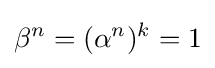
\beta ^{n}=(\alpha ^{n})^{k}=1